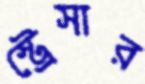
স্ট্রেসার